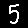
Digit: 5